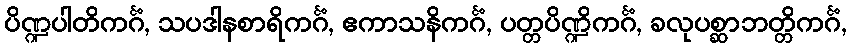
ပိဏ္ဍပါတိကင်္ဂံ, သပဒါနစာရိကင်္ဂံ, ဧကာသနိကင်္ဂံ, ပတ္တပိဏ္ဍိကင်္ဂံ, ခလုပစ္ဆာဘတ္တိကင်္ဂံ,